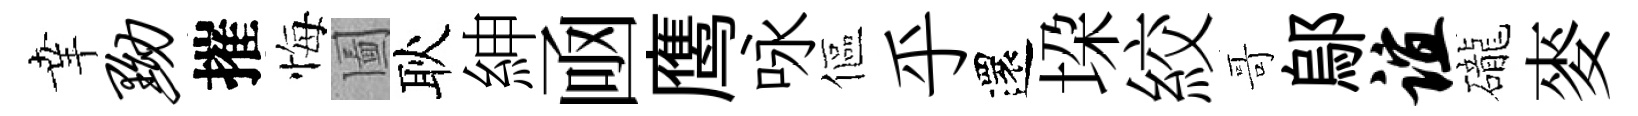
𦍒黝摧悔圗耿紳凾鹰咏傴乎還垜絞哥鄔谊礲麥